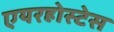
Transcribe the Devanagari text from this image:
एयरहोस्टेस